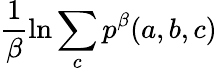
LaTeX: \frac{1}{\beta}\ln\sum_{c}p^{\beta}(a,b,c)